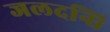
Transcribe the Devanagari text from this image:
जलदन्धि